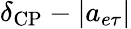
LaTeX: \delta_{\mathrm{CP}}-|a_{e\tau}|